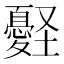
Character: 𢥀